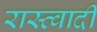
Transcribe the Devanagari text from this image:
रास्त्वादी